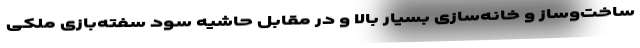
ساخت‌وساز و خانه‌سازی بسیار بالا و در مقابل حاشیه سود سفته‌بازی ملکی